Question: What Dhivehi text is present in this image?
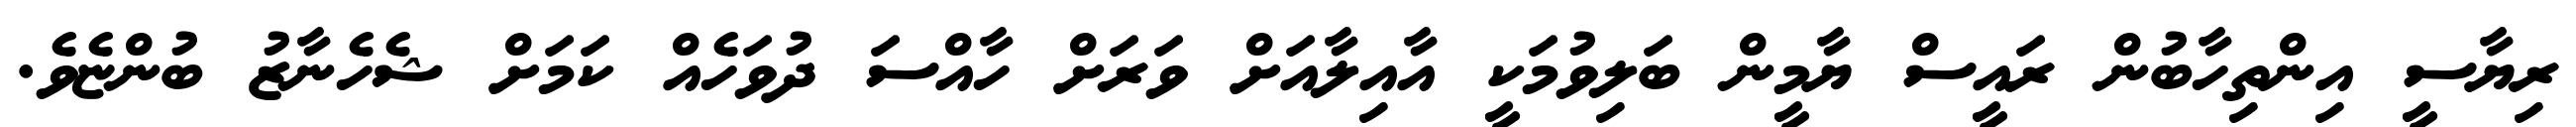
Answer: ރިޔާސީ އިންތިހާބުން ރައީސް ޔާމީން ބަލިވުމަކީ އާއިލާއަށް ވަރަށް ހާއްސަ ދުވަހެއް ކަމަށް ޝެހެނާޒު ބުންޏެވެ.